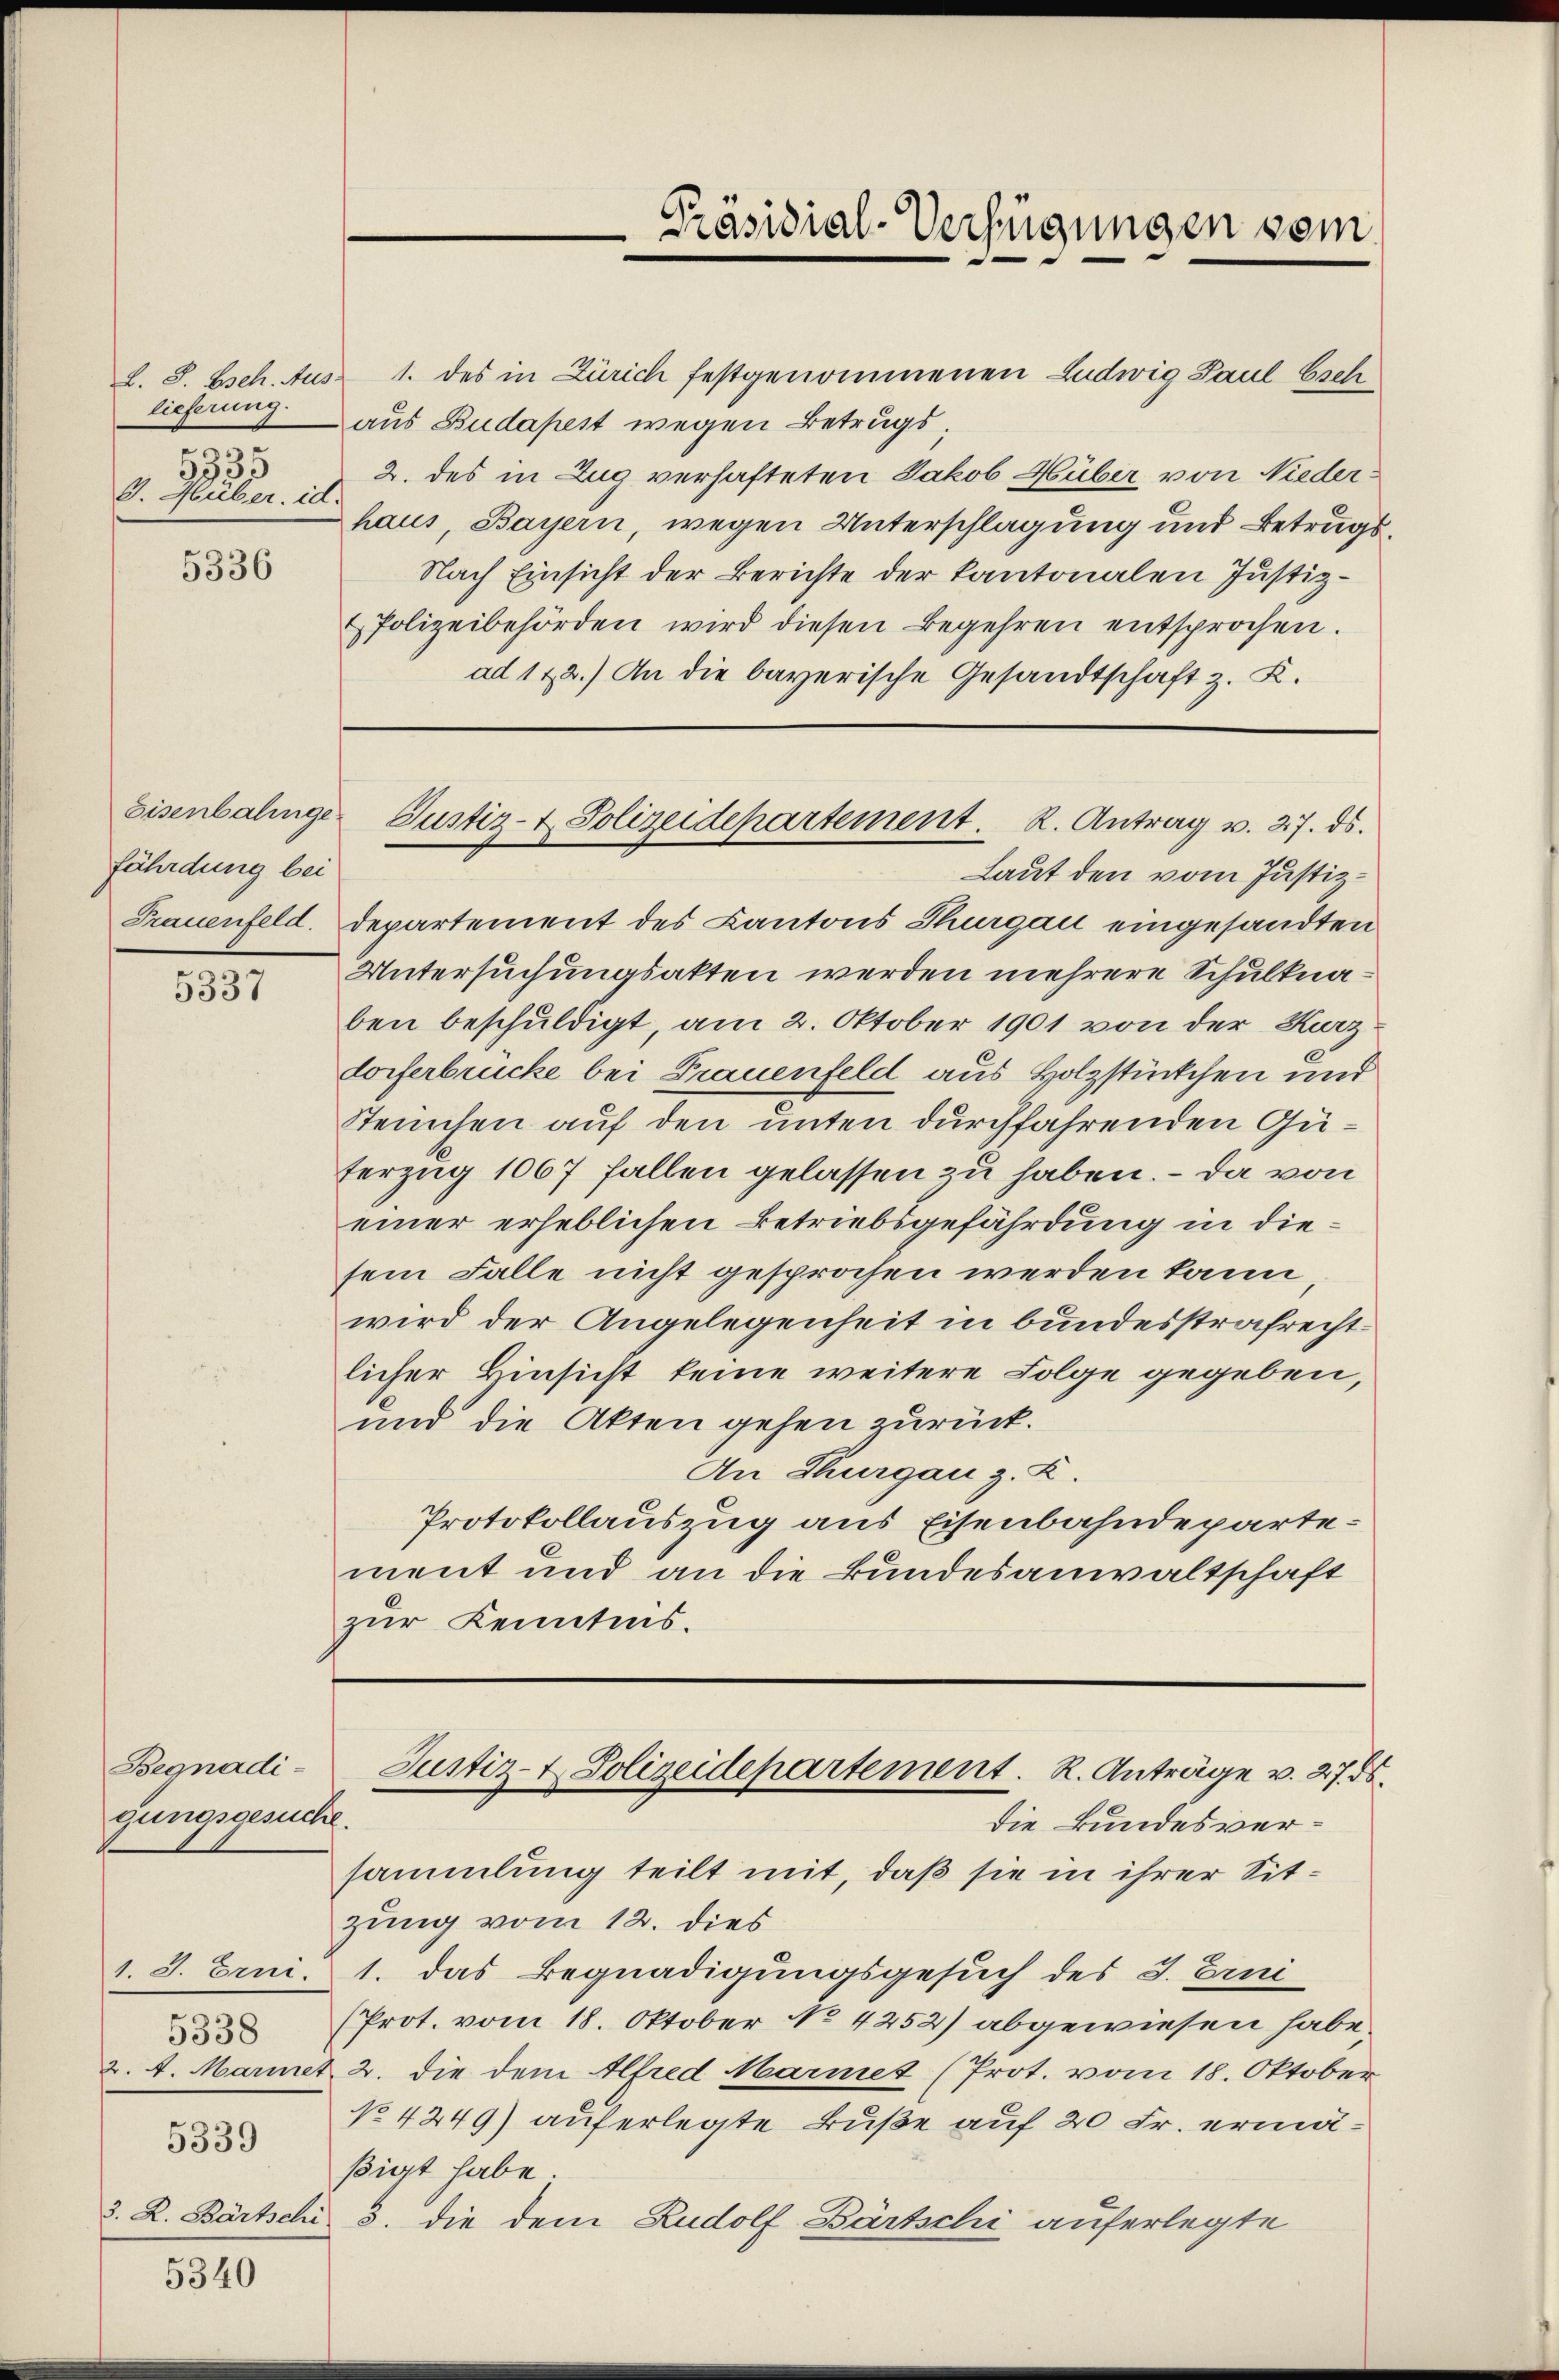
L. S. Bsch. Aus
lieferung.
a
3900
3. Huber, id.

5336

fährdung bei
Frauenfeld.

5337

Begnadigungsgesuche.

1. 3. Erni.
5338

5339

5340

1. des in Zürich festgenommenen Ludwig Paul Esch
aus Budapest wegen Betrugs,
2. des in Zug verhafteten Jakob Hüber von Niederhaus, Bayern, wegen Unterschlagung und Betrugs¬
Nach Einsicht der Berichte der kantonalen Justiz¬
Polizeibehörden wird diesen Begehren entsprochen.
ad 122.) An die bayerische Gesandtschaft z. K.

Präsidial-Verfügungen vom

Laut den vom Justizdepartement des Kantons Thurgau eingesandten
Untersuchungsakten werden mehrere Schulknaben beschuldigt, am 2. Oktober 1901 von der Kurzdorferbrücke bei Frauenfeld aus Holzstückchen und
Teuchen auf den unten durchfahrenden Güferzug 1067 fallen gelassen zu haben. – Da von
einer erheblichen Betriebsgefährdung in diesem Falle nicht gesprochen werden kann,
wird der Angelegenheit in bundesstrafrechtlicher Hinsicht keine weitere Folge gegeben,
und die Akten gehen zurück.
An Thurgau z. Z.
Protokollauszug aus Eisenbahndepartement und an die Bundesanwaltschaft
zur Kenntnis.

Eisenbalinge Justiz- & Polizeidepartement. R. Antrag v. 27. ds.

Justiz- & Polizeidepartement. R. Anträge v. 27. ds.

die Bundesversammlung teilt mit, daß sie in ihrer Sitzung vom 12. dies
1. das Begnadigungsgesuch des J. Erni
(Prot. vom 18. Oktober No. 4252) abgewiesen habe.
2. A. Mariet 2. die dem Alfred Marmet (Prot. vom 18. Oktober
No 4249) auferlegte Buße auf 20 Fr. ermäßigt habe.
3. R. Bärtschi 3. die dem Rudolf Bärtschi auferlegte